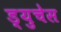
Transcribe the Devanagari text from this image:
ड्युचेस